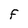
Character: F